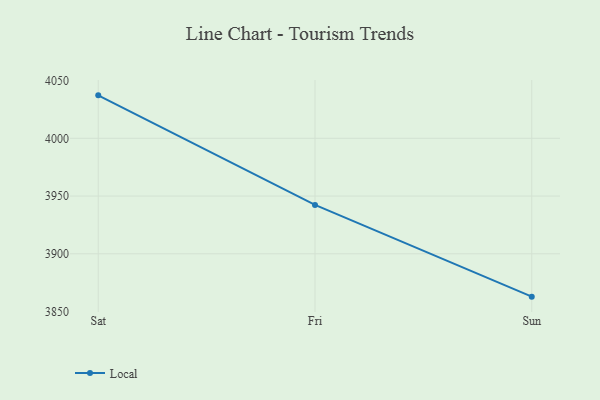
{"axis": {"x": "Day", "y": "Conversion Rate (%)"}, "legend": ["Local"], "data": [{"x": "Sat", "y": 4037.2, "type": "Local"}, {"x": "Fri", "y": 3942.3, "type": "Local"}, {"x": "Sun", "y": 3862.9, "type": "Local"}]}